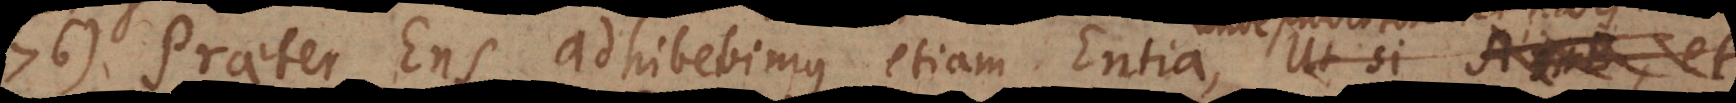
76) Praeter Ens adhibebimus etiam Entia, unde prodi